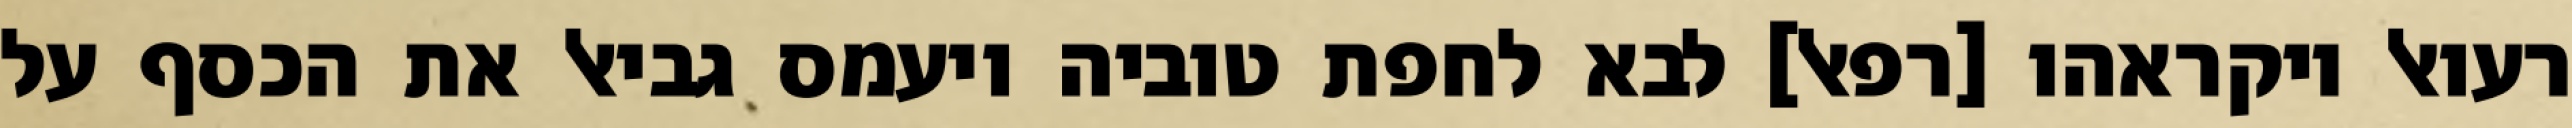
רעואל ויקראהו [רפאל] לבא לחפת טוביה ויעמס גביאל את הכסף על